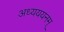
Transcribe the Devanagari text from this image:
अध्यययनम्